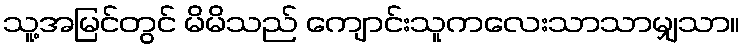
သူ့အမြင်တွင် မိမိသည် ကျောင်းသူကလေးသာသာမျှသာ။